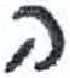
אות: ה